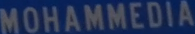
MOHAMMEDIA